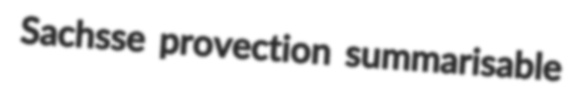
Sachsse provection summarisable